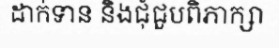
ដាក់ទាន និងជុំជួបពិភាក្សា